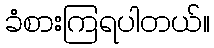
ခံစားကြရပါတယ်။